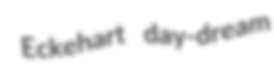
Eckehart day-dream